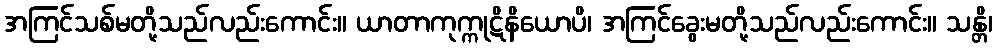
အကြင်သစ်မတို့သည်လည်းကောင်း။ ယာတာကုက္ကုဋိနိယောပိ၊ အကြင်ခွေးမတို့သည်လည်းကောင်း။ သန္တိ၊